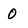
Character: 0